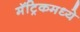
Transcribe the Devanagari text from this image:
मॅट्रिकमध्ये